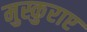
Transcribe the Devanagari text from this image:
मुस्कुराए